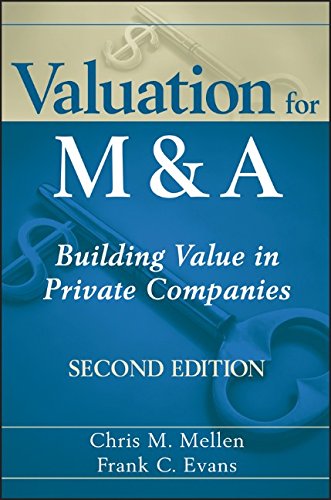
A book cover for Valuation for M&A: Building Value in Private Companies; Chris M. Mellen; Business & Money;